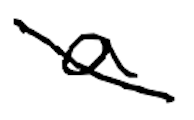
Text: a
Cross-out: diagonal
Writing tool: digital_black